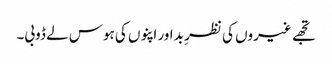
تجھے غیروں کی نظرِ بد اور اپنوں کی ہوس لے ڈوبی۔